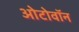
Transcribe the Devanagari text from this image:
ओटोवॉन